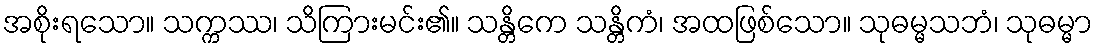
အစိုးရသော။ သက္ကဿ၊ သိကြားမင်း၏။ သန္တိကေ သန္တိကံ၊ အထဖြစ်သော။ သုဓမ္မသဘံ၊ သုဓမ္မာ